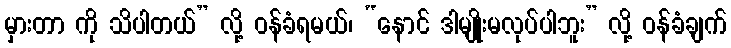
မှားတာ ကို သိပါတယ်” လို့ ဝန်ခံရမယ်၊ “နောင် ဒါမျိုးမလုပ်ပါဘူး” လို့ ဝန်ခံချက်